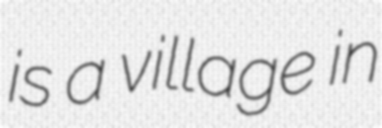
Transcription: is a village in